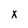
Character: x